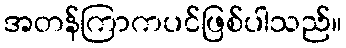
အတန်ကြာကပင်ဖြစ်ပါသည်။